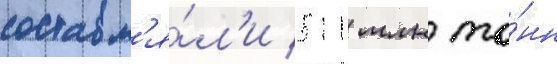
составл'я́л'и 511 млн то́нн